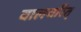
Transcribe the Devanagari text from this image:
बालचरित्‌